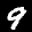
Label: 9